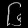
Digit: ၆